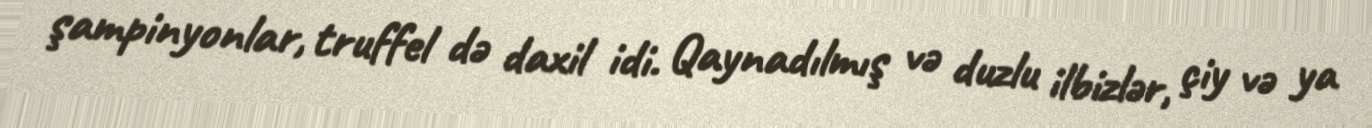
şampinyonlar, truffel də daxil idi. Qaynadılmış və duzlu ilbizlər, çiy və ya